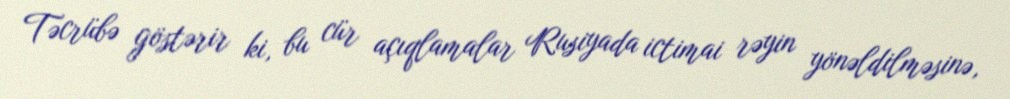
Təcrübə göstərir ki, bu cür açıqlamalar Rusiyada ictimai rəyin yönəldilməsinə,